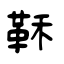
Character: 鞂